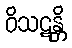
ဝိသဋန္တိ